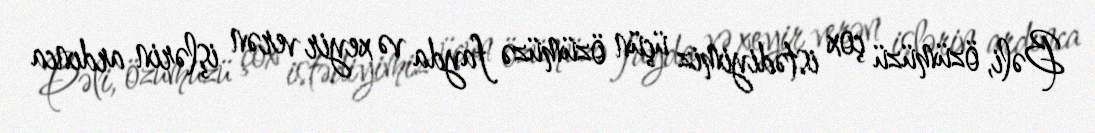
Bəli, özümüzü çox istədiyimiz üçün özümüzə fayda və xeyir verən işlərin ardınca